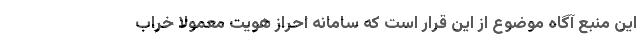
این منبع آگاه موضوع از این قرار است که سامانه احراز هویت معمولا خراب